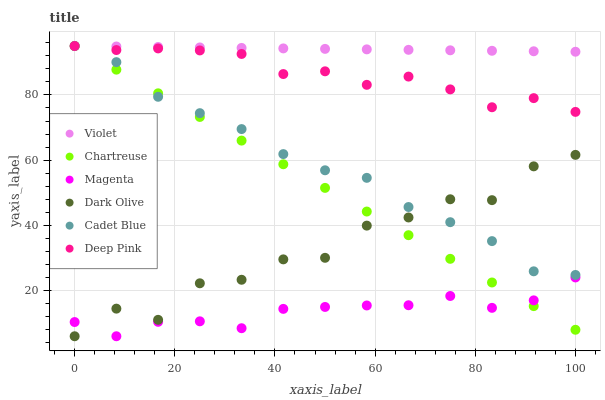
| xaxis_label | Violet | Chartreuse | Magenta | Dark Olive | Cadet Blue | Deep Pink |
 | --- | --- | --- | --- | --- | --- | --- |
 | 0 | 95 | 95 | 10.4 | 6 | 95 | 95 |
 | 8.33 | 94.9 | 87.7 | 6 | 14.5 | 90.1 | 93.8 |
 | 16.7 | 94.7 | 80.5 | 10.4 | 11 | 79.4 | 94.3 |
 | 25 | 94.6 | 73.2 | 10.6 | 22.2 | 74.4 | 93.6 |
 | 33.3 | 94.4 | 66 | 8.47 | 23.3 | 69.5 | 92.6 |
 | 41.7 | 94.3 | 58.7 | 14.4 | 29.6 | 61.9 | 86.4 |
 | 50 | 94.1 | 51.5 | 15 | 30.1 | 56.9 | 87.2 |
 | 58.3 | 94 | 44.2 | 15.4 | 39.9 | 54.6 | 83.1 |
 | 66.7 | 93.8 | 37 | 15.5 | 42.4 | 45.6 | 85.6 |
 | 75 | 93.7 | 29.7 | 18.3 | 48 | 41 | 81.7 |
 | 83.3 | 93.5 | 22.5 | 14.7 | 47.7 | 35.2 | 76.2 |
 | 91.7 | 93.4 | 15.2 | 17 | 58.1 | 25.9 | 79 |
 | 100 | 93.2 | 7.99 | 24 | 61.6 | 24.8 | 74.8 |